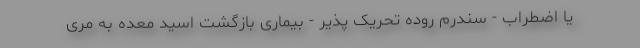
یا اضطراب - سندرم روده تحریک پذیر - بیماری بازگشت اسید معده به مری